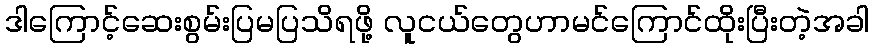
ဒါကြောင့်ဆေးစွမ်းပြမပြသိရဖို့ လူငယ်တွေဟာမင်ကြောင်ထိုးပြီးတဲ့အခါ